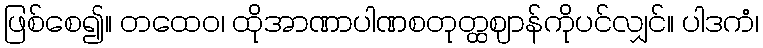
ဖြစ်စေ၍။ တထေဝ၊ ထိုအာဏာပါဏစတုတ္ထဈာန်ကိုပင်လျှင်။ ပါဒကံ၊